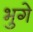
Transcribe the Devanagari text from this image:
भुगे